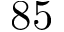
8 5